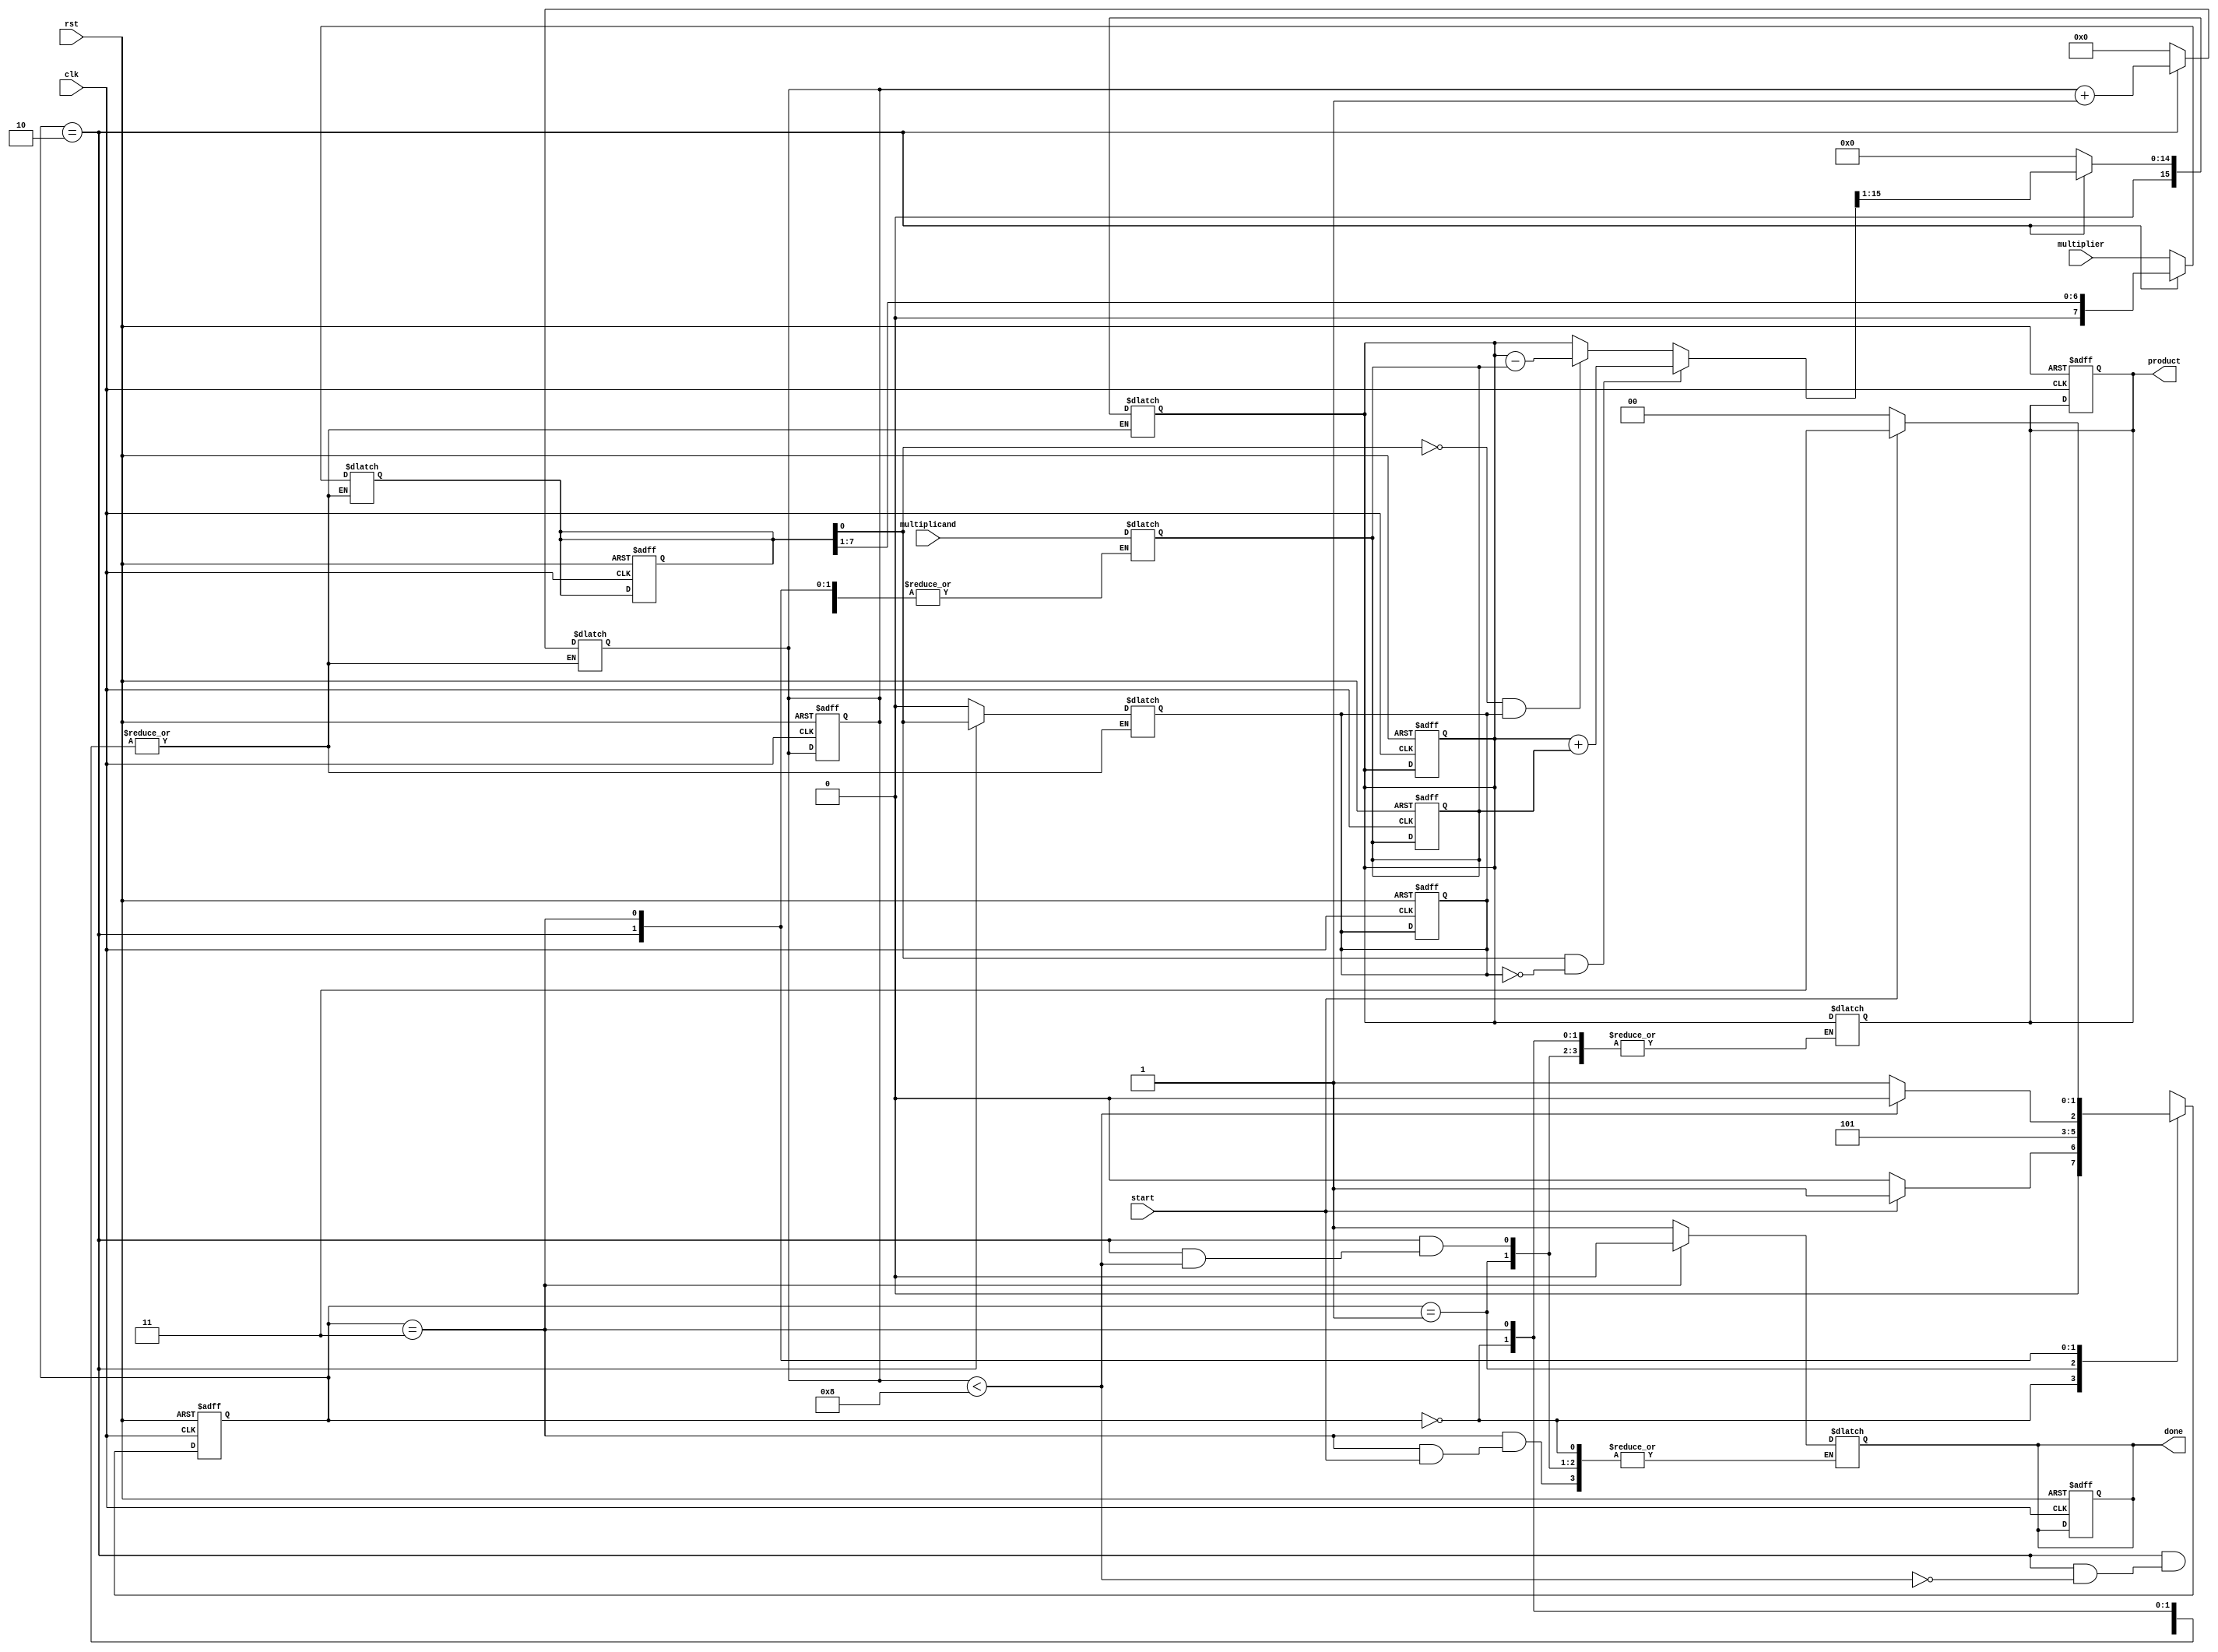
module radix2_multiplier (
    input clk,
    input rst,
    input [7:0] multiplicand, // A
    input [7:0] multiplier,    // B
    input start,               // Start signal for multiplication
    output reg [15:0] product, // Final product output
    output reg done            // Done signal
);

// Internal registers
reg [7:0] A, B;               // Registers for multiplicand and multiplier
reg [15:0] P;                 // Accumulator for product
reg [3:0] count;              // Counter for bit processing
reg B_prev;                   // Previous bit of multiplier for Booth's

// Control state
localparam IDLE = 2'b00, 
           LOAD = 2'b01, 
           MULTIPLY = 2'b10, 
           DONE = 2'b11;

reg [1:0] state, next_state;

// Initialization
always @(posedge clk or posedge rst) begin
    if (rst) begin
        state <= IDLE;
        product <= 16'b0;
        done <= 1'b0;
        P <= 16'b0;
        count <= 4'b0;
        A <= 8'b0;
        B <= 8'b0;
        B_prev <= 1'b0;
    end else begin
        state <= next_state;
    end
end

// State machine for control logic
always @* begin
    case (state)
        IDLE: begin
            if (start) begin
                next_state = LOAD;
            end else begin
                next_state = IDLE;
            end
        end
        LOAD: begin
            A = multiplicand;
            B = multiplier;
            P = 16'b0;
            count = 4'd0;
            B_prev = 1'b0; // Initialize previous bit
            next_state = MULTIPLY;
        end
        MULTIPLY: begin
            if (count < 8) begin
                if (B[0] == 1'b1 && B_prev == 1'b0) begin // Transition from 0 to 1
                    P = P + {8'b0, A}; // Add A to P
                end else if (B[0] == 1'b0 && B_prev == 1'b1) begin // Transition from 1 to 0
                    P = P - {8'b0, A}; // Subtract A from P
                end
                P = P >> 1; // Arithmetic right shift
                B_prev = B[0]; // Update previous bit
                B = B >> 1; // Shift multiplier
                count = count + 1; // Increment count
                next_state = MULTIPLY;
            end else begin
                product = P; // Final product
                done = 1'b1; // Indicate done
                next_state = DONE;
            end
        end
        DONE: begin
            if (!start) begin
                done = 1'b0; // Reset done signal
                next_state = IDLE;
            end else begin
                next_state = DONE;
            end
        end
        default: next_state = IDLE;
    endcase
end

endmodule